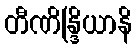
တီဏိန္ဒြိယာနိ